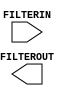
/* verilator lint_off UNUSED */
/* verilator lint_off UNDRIVEN */
(* blackbox *)
module SB_FILTER_50NS(
	input FILTERIN,
	output FILTEROUT
);
endmodule
/* verilator lint_on UNUSED */
/* verilator lint_on UNDRIVEN */